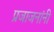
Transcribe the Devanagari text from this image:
प्रजाजनांनी